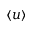
\langle u \rangle